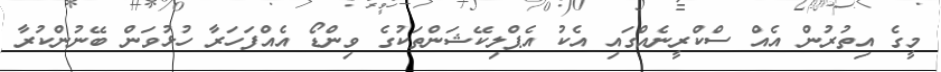
މީގެ އިތުރުން އެއް ސްކްރީނެއްގައި އެކު އެޕްލިކޭޝަންތަކުގެ ވިންޑޯ އެއްފަހަރާ ހުޅުވަން ބޭނުންކުރާ